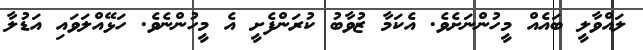
ލައްވާލީ ބައެއް މީހުންނަށެވެ. އެކަމާ ޒުވާބު ކުރަންފެށީ އެ މީހުންނެވެ. ހަޅޭއްލަވައި އަޑުލާ